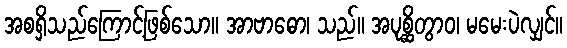
အစရှိသည်ကြောင့်ဖြစ်သော။ အာဗာဓော၊ သည်။ အပုစ္ဆိတွာဝ၊ မမေးပဲလျှင်။